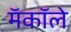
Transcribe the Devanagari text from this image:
मॅकॉले